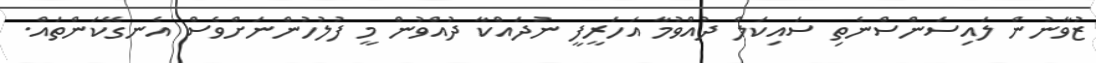
ޒުވާނުން ލައިސަންސްނެތި ސައިކަލް ދުއްވުމާ އަހަރީފީ ނުދައްކާ ދުއްވުން މީ ފުލުހުންނަށްވެސް އެނގޭކަންތައް.